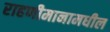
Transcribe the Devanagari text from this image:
राहणीमानामधील